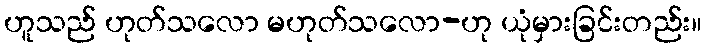
ဟူသည် ဟုတ်သလော မဟုတ်သလော-ဟု ယုံမှားခြင်းတည်း။